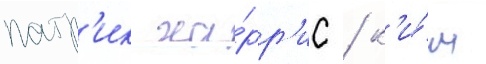
патр'ик ха́рр'ис / к'и́м